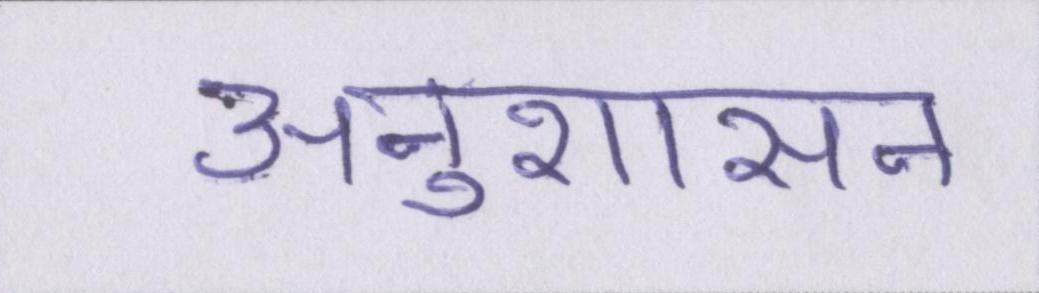
अनुशासन